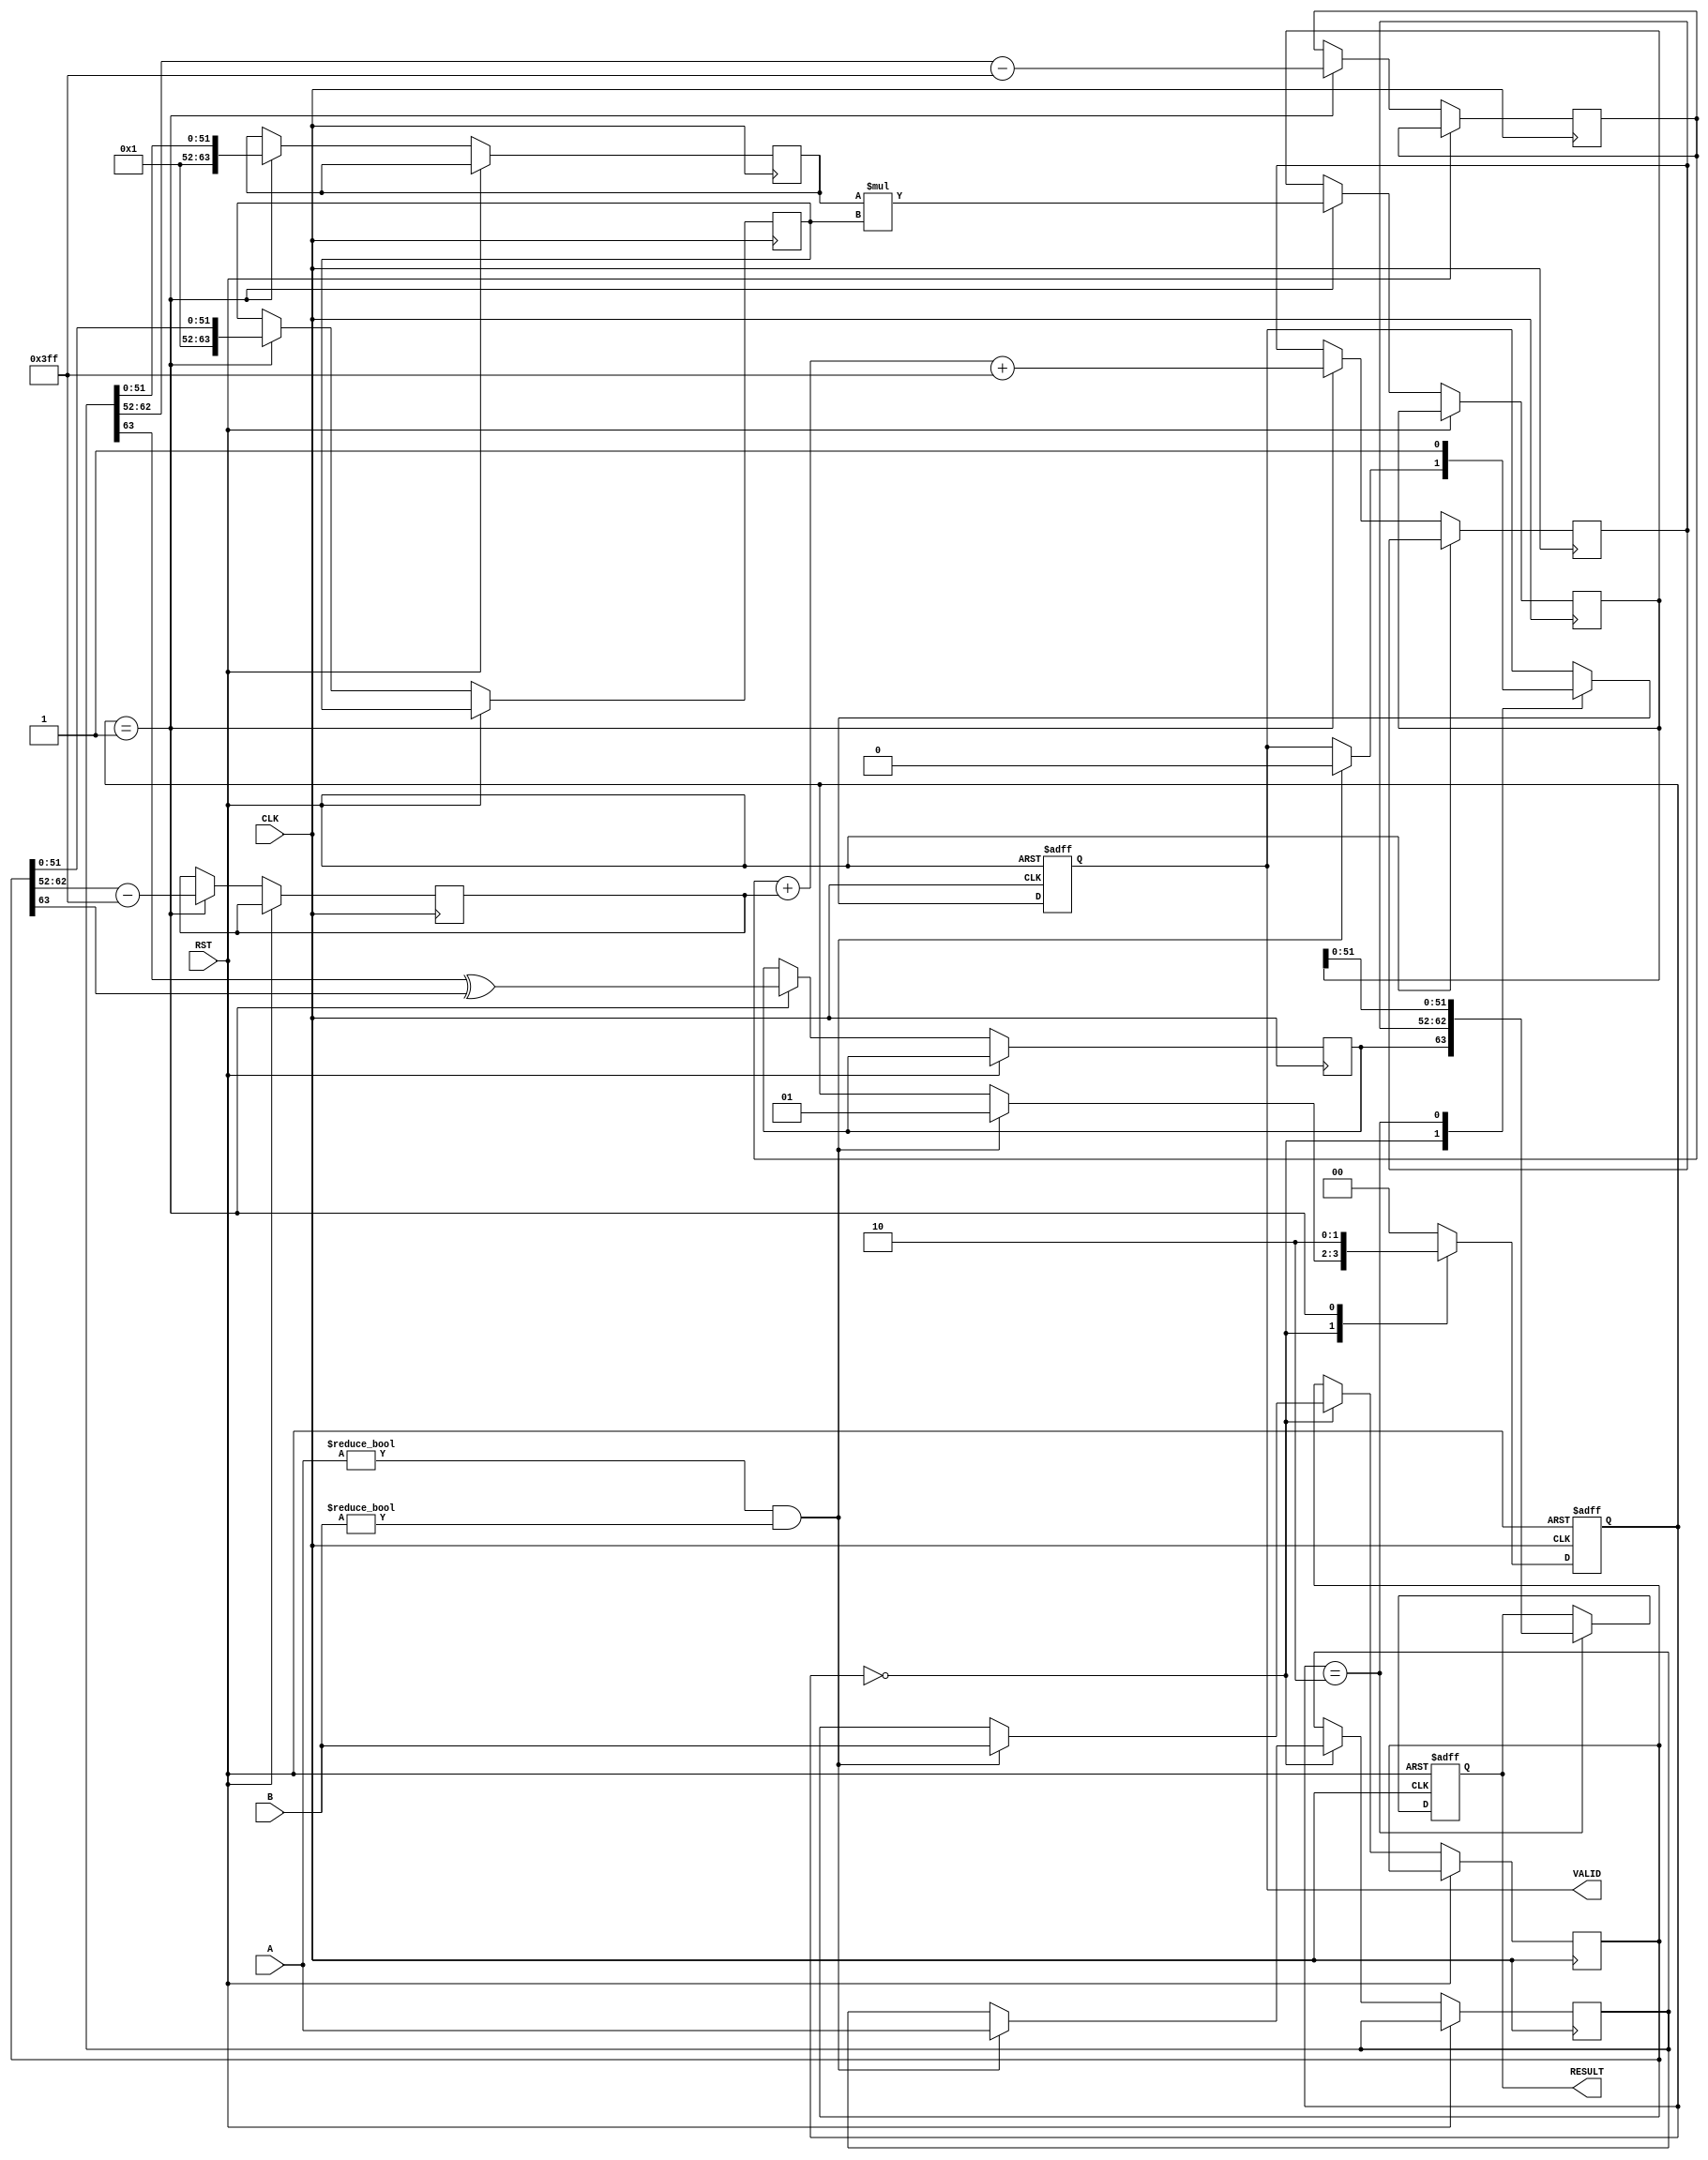
module FloatingPointMultiplier (
    input  wire [63:0] A,       // Operand A (64-bit)
    input  wire [63:0] B,       // Operand B (64-bit)
    input  wire CLK,            // Clock signal
    input  wire RST,            // Reset signal
    output reg  [63:0] RESULT,  // Result of multiplication
    output reg  VALID           // Result valid signal
);

parameter MANTISSA_WIDTH_32 = 23; // Excluding implicit bit
parameter EXPONENT_WIDTH_32 = 8;
parameter BIAS_32 = 127;
parameter MANTISSA_WIDTH_64 = 52; // Excluding implicit bit
parameter EXPONENT_WIDTH_64 = 11;
parameter BIAS_64 = 1023;

reg [63:0] A_reg, B_reg;
reg [63:0] mantissa_A, mantissa_B, result_mantissa;
reg [10:0] exponent_A, exponent_B, result_exponent;
reg sign_A, sign_B, result_sign;
reg ready_for_next, normalized;
reg [1:0] state; // 2-bit state for mult stages
localparam IDLE = 2'b00, MULTIPLY = 2'b01, FINALIZE = 2'b10;

always @(posedge CLK or posedge RST) begin
    if (RST) begin
        // Reset outputs and internal states
        RESULT <= 64'b0;
        VALID <= 0;
        state <= IDLE;
    end else begin
        case (state)
            IDLE: begin
                // Load operands and prepare for multiplication
                if (A != 0 && B != 0) begin
                    A_reg <= A;
                    B_reg <= B;
                    state <= MULTIPLY;
                    VALID <= 0; // Reset valid signal
                end
            end
            
            MULTIPLY: begin
                // Extracting sign, exponent, and mantissa for 64-bit case
                result_sign <= A_reg[63] ^ B_reg[63];
                sign_A <= A_reg[63];
                sign_B <= B_reg[63];
                
                exponent_A <= A_reg[62:52] - BIAS_64;
                exponent_B <= B_reg[62:52] - BIAS_64;
                
                mantissa_A <= {1'b1, A_reg[51:0]}; // Implicit leading 1
                mantissa_B <= {1'b1, B_reg[51:0]}; // Implicit leading 1
                
                // Mantissa multiplication
                result_mantissa <= mantissa_A * mantissa_B; // 110 bits wide (52 + 52 + 1)
                result_exponent <= exponent_A + exponent_B + BIAS_64; // Add bias
                
                state <= FINALIZE; // Move to finalize
            end
            
            FINALIZE: begin
                // Normalize the result mantissa
                if (result_mantissa[105]) begin // 1.XX... - already normalized
                    // Shift if it exceeds and adjust exponent
                    result_mantissa <= result_mantissa >> 1;
                    result_exponent <= result_exponent + 1;
                end else begin
                    // This part would include further normalization checks and shifts
                    // Simplifying here to only consider normalized case for now
                end
                
                // Assemble the final result
                RESULT <= {result_sign, result_exponent[10:0], result_mantissa[51:0]}; // 64-bit result
                VALID <= 1; // Set valid signal
                state <= IDLE; // Reset to IDLE for next input
            end
            
            default: state <= IDLE;
        endcase
    end
end

endmodule